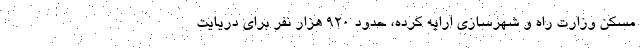
مسکن وزارت راه و شهرسازی ارایه کرده، حدود ۹۲۰ هزار نفر برای دریایت